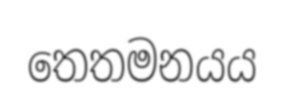
තෙතමනයය